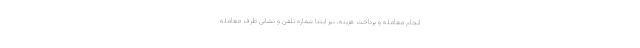
انجام معامله و پرداخت هزینه، نیز ابتدا شماره تلفن و نشانی طرف معامله